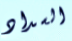
السداد